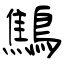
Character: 鷦